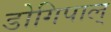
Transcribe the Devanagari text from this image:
डोगिपाल्